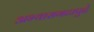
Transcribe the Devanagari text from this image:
अभ्यासगटापुढे